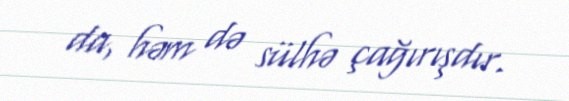
da, həm də sülhə çağırışdır.